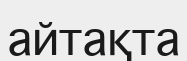
айтақта